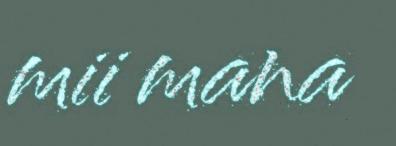
mii mana